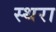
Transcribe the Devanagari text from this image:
स्थरा